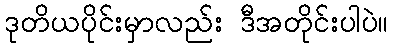
ဒုတိယပိုင်းမှာလည်း ဒီအတိုင်းပါပဲ။